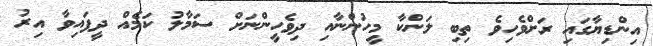
އިންޑިޔާގައި ރަށްވެހިވެ ތިބި ލަންކާ މީހުންނާއި ދިވެހީންނަށް ސަމާލު ކަމެއް ދީފައިވާ އިރު